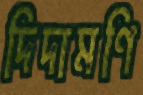
দিদামণি